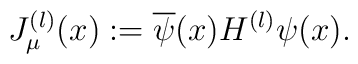
J_\mu^{(l)}(x) := \overline{\psi}(x)H^{(l)}\psi(x) .